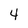
Character: 4